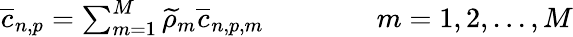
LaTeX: \begin{array}{r}{\overline{{c}}_{n,p}=\sum_{m=1}^{M}\widetilde{\rho}_{m}\overline{{c}}_{n,p,m}\qquad\qquad m=1,2,...,M}\end{array}